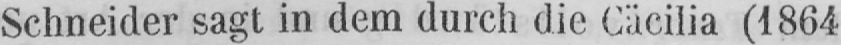
Schneider sagt in dem durch die Cäcilia (1864